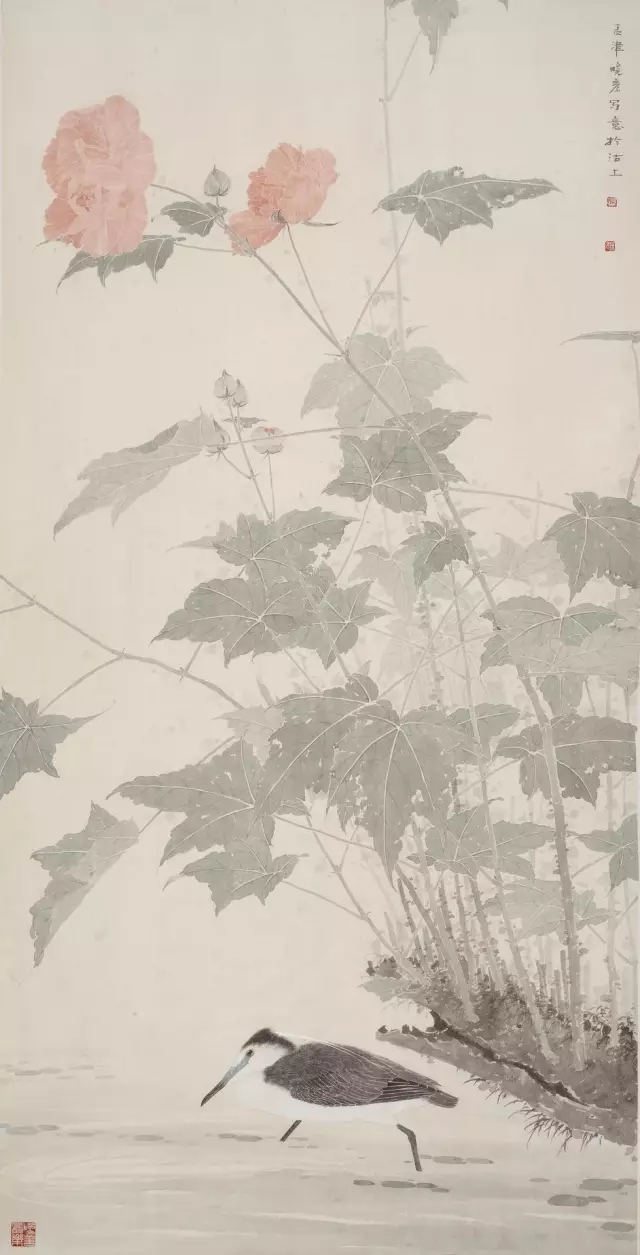
雨色秋来寒，风严清江爽。